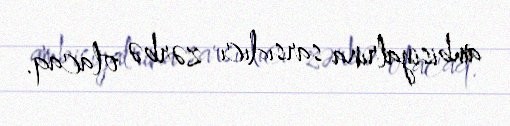
ambisiyalrına sarsıdıcı zərbə olacaq.